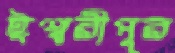
ঈশ্বরীপুর